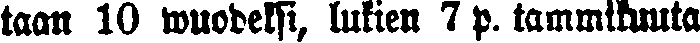
laan 10 wuodeksi, lukien 7 p. tammikuuta